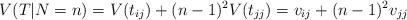
LaTeX: \begin{align*}V(T|N=n) = V(t_{ij}) + (n-1)^2 V(t_{jj}) = v_{ij} + (n-1)^2 v_{jj} \end{align*}